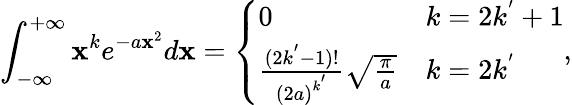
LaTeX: \int_{-\infty}^{+\infty}\mathbf{x}^{k}e^{-a\mathbf{x}^{2}}d\mathbf{x}=\left\{ \begin{array}{ll}{0}&{k=2k^{'}+1}\\ {\frac{(2k^{'}-1)!}{{(2a)}^{k^{'}}}\sqrt{\frac{\pi}{a}}}&{k=2k^{'}}\end{array}\right.,